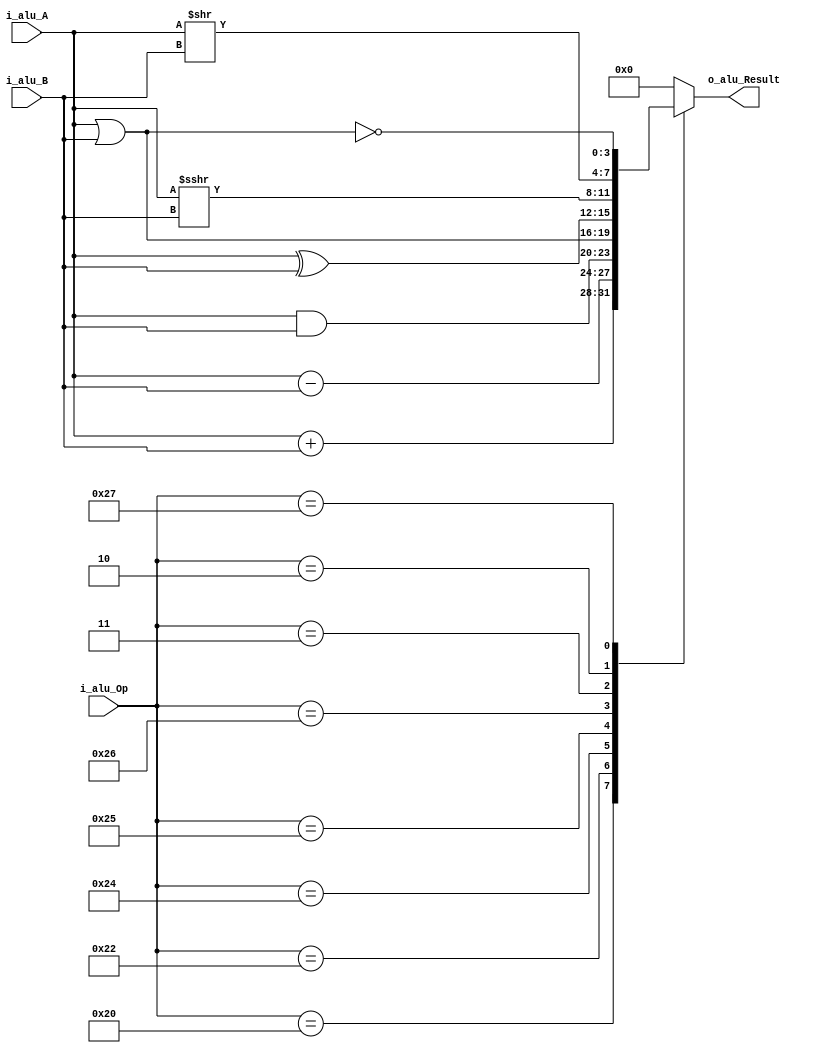
/**
    Arithmetic-Logic Unit
    ALU parametrizable que realiza las siguientes operaciones
        1. ADD  : 100000
        2. SUB  : 100010
        3. AND  : 100100
        4. OR   : 100101
        5. XOR  : 100110
        6. SRA  : 000011
        7. SRL  : 000010
        8. NOR  : 100111

**/

module alu
    #(
        // Parameters
        parameter N = 4,                                // ALU Size
        parameter NSel = 6                              // ALU Op Size
    )
    (
        // Inputs
        input [N-1 : 0]        i_alu_A, i_alu_B,       // ALU Operands 
        input [NSel-1 : 0]     i_alu_Op,               // ALU Operation
        // Outputs
        output wire [N-1 : 0]    o_alu_Result           // ALU Result
    );

    // Operation parameters
    localparam ADD = 6'b100000;     // Add Word - If overflow, then trap
    localparam SUB = 6'b100010;     // Subtract Word - If overflow, then trap
    localparam AND = 6'b100100;     // Logical bitwise AND 
    localparam OR  = 6'b100101;     // Logical bitwise OR
    localparam XOR = 6'b100110;     // Logical bitwise XOR
    localparam SRA = 6'b000011;     // Shift Word Right Arithmetic
    localparam SRL = 6'b000010;     // Shift Word Right Logic
    localparam NOR = 6'b100111;     // Logical bitwise NOR 

    // Register aux
    reg [N-1 : 0]    alu_Result;          // ALU Result
    assign o_alu_Result = alu_Result;

    // Body
    always @(*)
    begin
        //! Make Operation depending on ALU Op
        case(i_alu_Op)
            ADD     : 
            begin
                alu_Result = $signed(i_alu_A) + $signed(i_alu_B);
                //! Flag Detection
                // Ovf = Operands of same sign and result of different sign
                //overflow_Flag = ((i_alu_A[N-1] & i_alu_B[N-1] & ~o_alu_Result[N-1]) | (~i_alu_A[N-1] & ~i_alu_B[N-1] & o_alu_Result[N-1]));
            end
            SUB     : 
            begin
                alu_Result = $signed(i_alu_A) - $signed(i_alu_B);
                //! Flag Detection
                // Ovf = Operands of different sign and result of same sign as B (substraend)
                //overflow_Flag = ((~i_alu_A[N-1] & i_alu_B[N-1] & o_alu_Result[N-1])) | ((i_alu_A[N-1] & ~i_alu_B[N-1] & ~o_alu_Result[N-1]));
                //zero_Flag = (o_alu_Result == 0);
            end
            AND     : alu_Result = i_alu_A & i_alu_B;
            OR      : alu_Result = i_alu_A | i_alu_B;
            XOR     : alu_Result = i_alu_A ^ i_alu_B;
            SRA     : alu_Result = $signed(i_alu_A) >>> i_alu_B;
            SRL     : alu_Result = i_alu_A >> i_alu_B;
            NOR     : alu_Result = ~ (i_alu_A | i_alu_B);
            default : 
            begin
                alu_Result = {N {1'b0}};
            end
        endcase
    end

endmodule